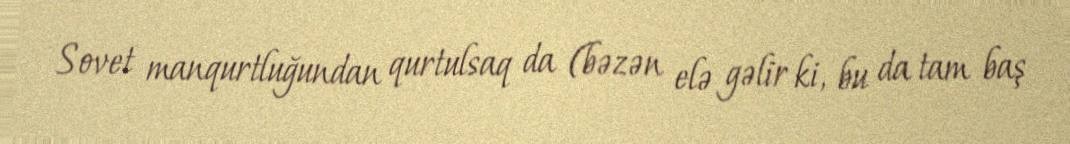
Sovet manqurtluğundan qurtulsaq da (bəzən elə gəlir ki, bu da tam baş